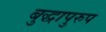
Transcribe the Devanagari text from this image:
बुद्धापुरुप